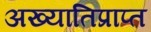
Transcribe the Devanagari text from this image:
अख्यातिप्राप्त